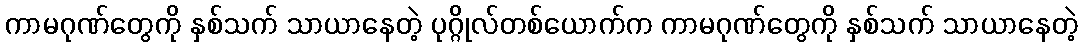
ကာမဂုဏ်တွေကို နှစ်သက် သာယာနေတဲ့ ပုဂ္ဂိုလ်တစ်ယောက်က ကာမဂုဏ်တွေကို နှစ်သက် သာယာနေတဲ့